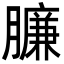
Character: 臁